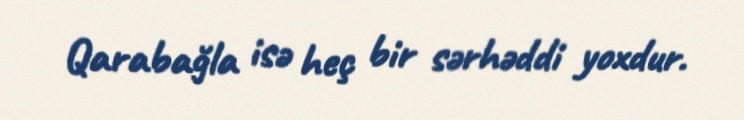
Qarabağla isə heç bir sərhəddi yoxdur.